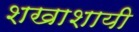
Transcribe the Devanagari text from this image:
शखाशायी